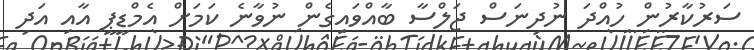
ސަރުކާރުން ހުއްދަ ނުދިނަސް ޖަލްސާ ބާއްވައިގެން ނުވާނެ ކަމަށް އެމްޑީޕީ އާއި އަދި